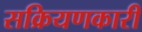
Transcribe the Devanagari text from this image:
सक्रियणकारी